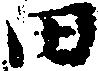
田